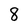
Character: 8